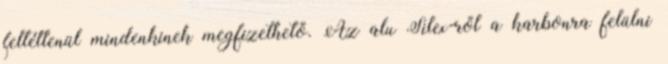
feltétlenül mindenkinek megfizethető. Az alu Silex-ről a karbonra felülni